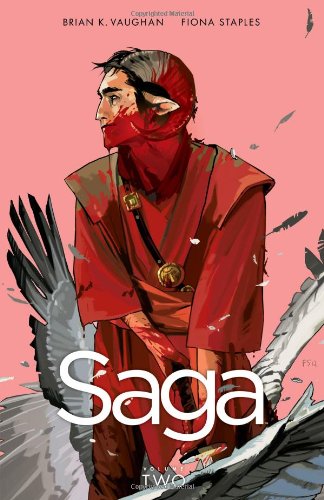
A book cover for Saga, Vol. 2; Brian K. Vaughan; Comics & Graphic Novels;